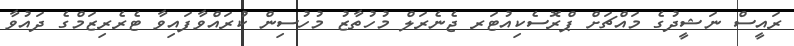
ރައީސް ނަޝީދުގެ މައްޗަށް ޕްރޮސެކިއުޓަރ ޖެނެރަލް މުހުތާޒު މުހުސިން ކުރައްވާފައިވާ ޓެރެރިޒަމްގެ ދައުވާ